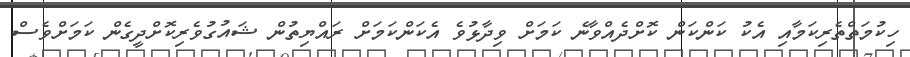
ހިކުމަތްތެރިކަމާއި އެކު ކަންކަން ކޮށްދެއްވާނެ ކަމަށް ވިދާޅުވެ އެކަންކަމަށް ރައްޔިތުން ޝައުގުވެރިކޮށްދީގެން ކަމަށްވެސް